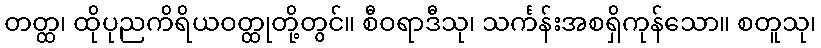
တတ္ထ၊ ထိုပုညကိရိယဝတ္ထုတို့တွင်။ စီဝရာဒီသု၊ သင်္ကန်းအစရှိကုန်သော။ စတူသု၊